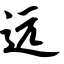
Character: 远